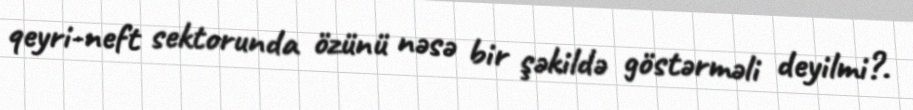
qeyri-neft sektorunda özünü nəsə bir şəkildə göstərməli deyilmi?.